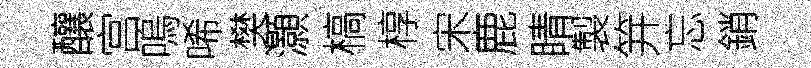
釀宫嗚唏樊灝槁椁宋鹿睛製笄忘銷